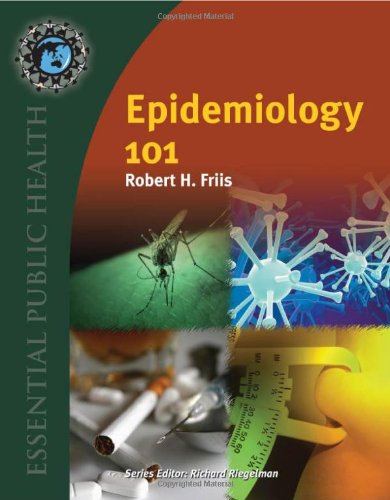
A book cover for Epidemiology 101 (Essential Public Health); Robert H. Friis; Medical Books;